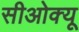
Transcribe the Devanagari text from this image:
सीओक्यू